画像に写った文字を読んでください
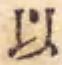
「以」と書いてあります